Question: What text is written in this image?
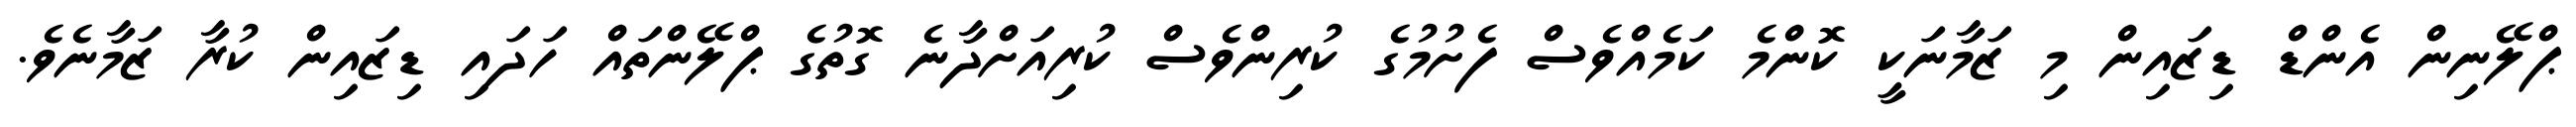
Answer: ޕްލޭނިން އެންޑް ޑިޒައިން މި ޒަމާނަކީ ކޮންމެ ކަމެއްވެސް ފެށުމުގެ ކުރިންވެސް ކުރިއަށްދާނެ ގޮތުގެ ޕްލޭންތައް ހަދައި ޑިޒައިން ކުރާ ޒަމާނެވެ.